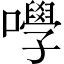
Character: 𡄆